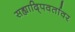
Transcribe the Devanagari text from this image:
सह्यादि्पवर्तावर